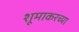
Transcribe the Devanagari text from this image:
शूमाकरच्या